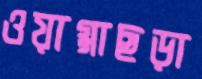
ওয়াগ্গাছড়া